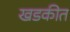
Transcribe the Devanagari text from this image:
खडकीत